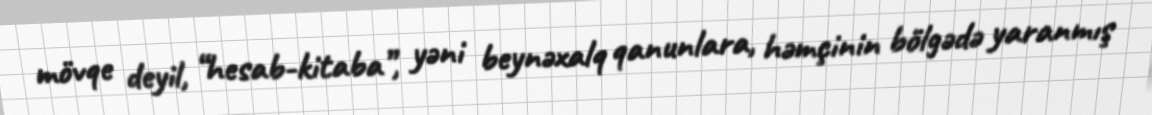
mövqe deyil, “hesab-kitaba”, yəni beynəxalq qanunlara, həmçinin bölgədə yaranmış